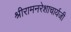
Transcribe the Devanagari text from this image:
श्रीरामनरेशाचार्यजी